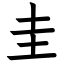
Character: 圭